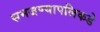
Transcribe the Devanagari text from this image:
समजण्यापलिकडे